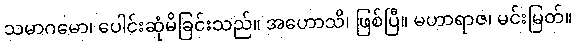
သမာဂမော၊ ပေါင်းဆုံမိခြင်းသည်။ အဟောသိ၊ ဖြစ်ပြီ။ မဟာရာဇ၊ မင်းမြတ်။